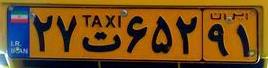
۲۷ت۶۵۲۹۱